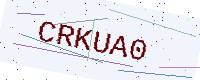
Text: CRKUA0